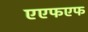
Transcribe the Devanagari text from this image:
एएफएफ